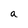
Character: a